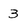
Character: 3